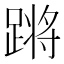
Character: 𬧀